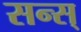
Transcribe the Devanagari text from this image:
सन्स्